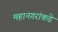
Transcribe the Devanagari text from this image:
महानगरांकडे